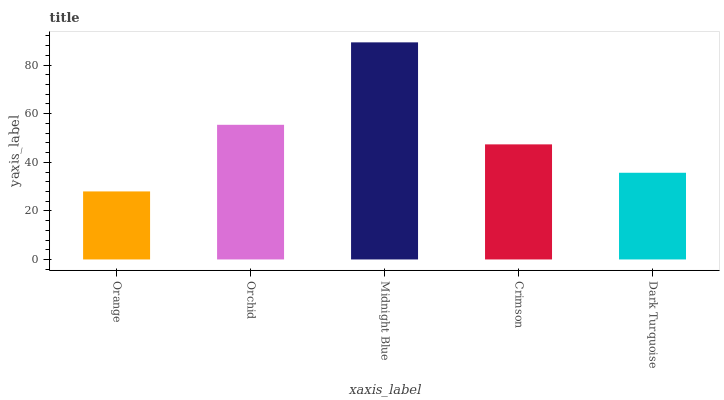
| xaxis_label | bars |
 | --- | --- |
 | Orange | 28 |
 | Orchid | 55.4 |
 | Midnight Blue | 89.4 |
 | Crimson | 47.4 |
 | Dark Turquoise | 35.7 |